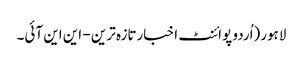
لاہور(اُردو پوائنٹ اخبارتازہ ترین - این این آئی۔